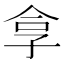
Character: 𪦻